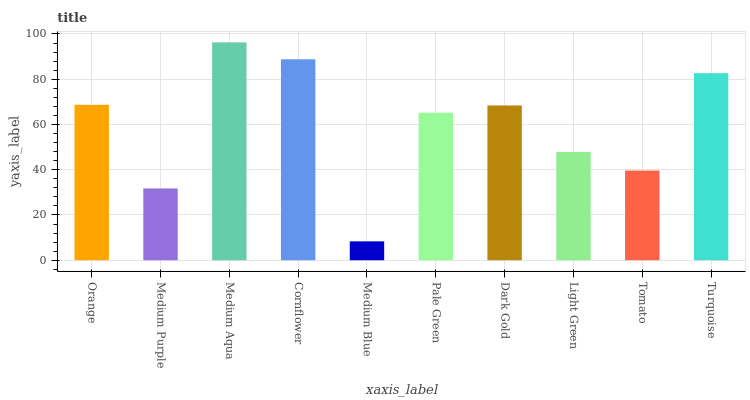
| xaxis_label | bars |
 | --- | --- |
 | Orange | 68.7 |
 | Medium Purple | 31.7 |
 | Medium Aqua | 96.3 |
 | Cornflower | 88.8 |
 | Medium Blue | 8.34 |
 | Pale Green | 65.2 |
 | Dark Gold | 68.4 |
 | Light Green | 47.9 |
 | Tomato | 39.6 |
 | Turquoise | 82.7 |